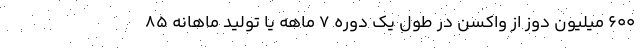
600 میلیون دوز از واکسن در طول یک دوره 7 ماهه یا تولید ماهانه 85